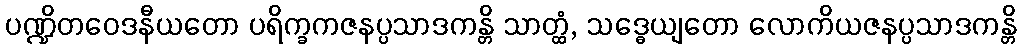
ပဏ္ဍိတဝေဒနီယတော ပရိက္ခကဇနပ္ပသာဒကန္တိ သာတ္ထံ, သဒ္ဓေယျတော လောကိယဇနပ္ပသာဒကန္တိ